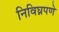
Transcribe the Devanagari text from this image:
निविघ्नपणे